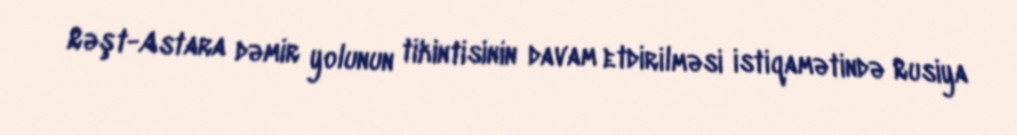
Rəşt-Astara dəmir yolunun tikintisinin davam etdirilməsi istiqamətində Rusiya